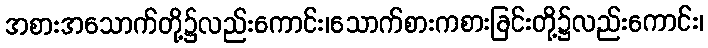
အစားအသောက်တို့၌လည်းကောင်း၊သောက်စားကစားခြင်းတို့၌လည်းကောင်း၊